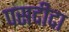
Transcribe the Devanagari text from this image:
पसदीदा